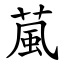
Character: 葻